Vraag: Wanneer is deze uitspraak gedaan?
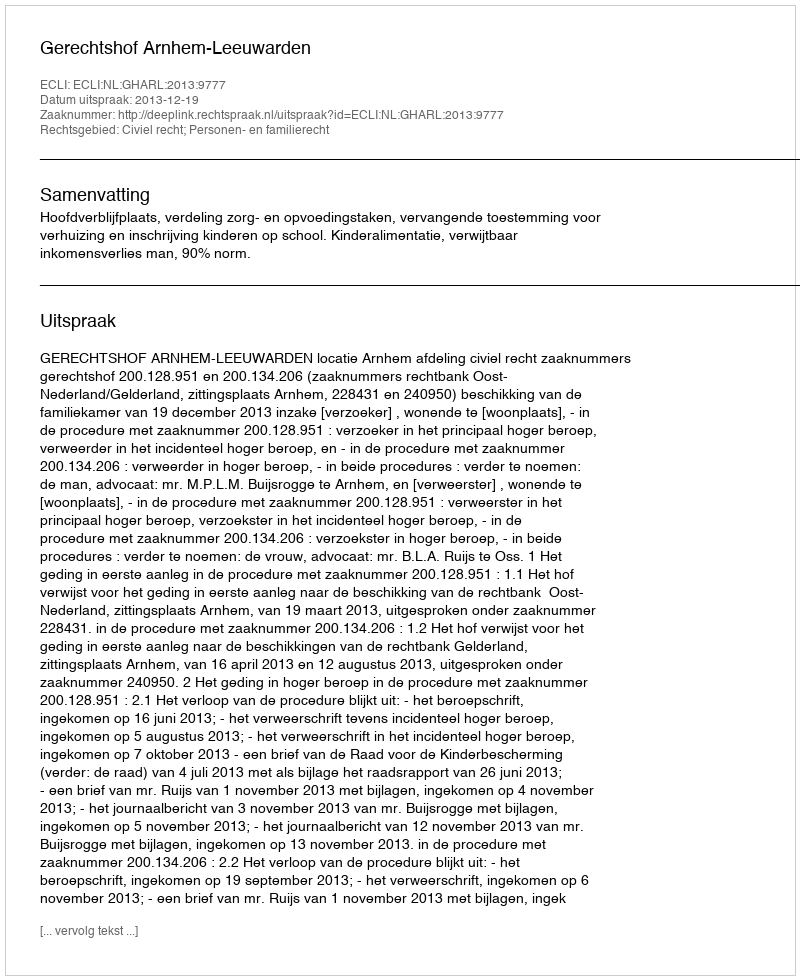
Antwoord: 2013-12-19